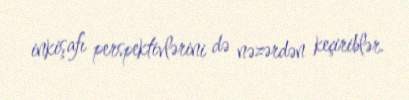
inkişafı perspektivlərini də nəzərdən keçiriblər.